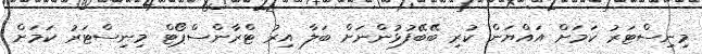
މިނިސްޓަރު ކަމަށް އައްޔަން ކުރި ބޭބޭފުޅުންނަށް ބަލާ އިރު ޓްރާންސްޕޯޓް މިނިސްޓަރު ކަމަށް